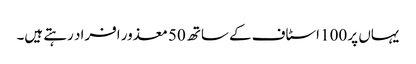
یہاں پر 100 اسٹاف کے ساتھ 50 معذور افراد رہتے ہیں۔